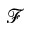
\mathscr { F }